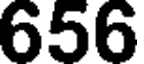
656